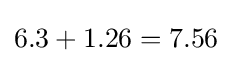
6.3+1.26=7.56